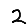
Digit: 2